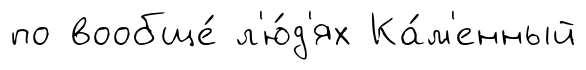
по вообще́ л'ю́д'ях Ка́м'енный